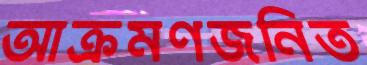
আক্রমণজনিত